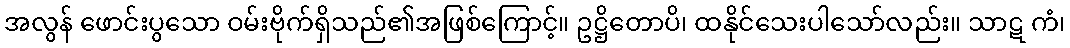
အလွန် ဖောင်းပွသော ဝမ်းဗိုက်ရှိသည်၏အဖြစ်ကြောင့်။ ဥဋ္ဌိတောပိ၊ ထနိုင်သေးပါသော်လည်း။ သာဋ ကံ၊